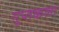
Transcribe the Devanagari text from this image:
गुप्तकला